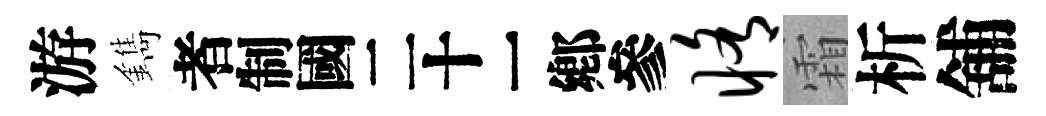
游鐫识修霜析舖